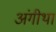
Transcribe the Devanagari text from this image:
अंगीथा